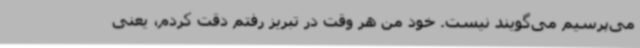
می‌پرسیم می‌گویند نیست. خود من هر وقت در تبریز رفتم دقت کردم، یعنی